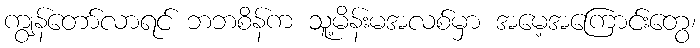
ကျွန်တော်လာရင် ဘဘစိန်က သူ့မိန်းမအလစ်မှာ အမေ့အကြောင်းတွေ၊